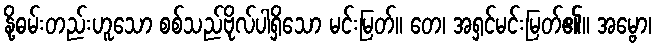
နို့ဓမ်းတည်းဟူသော စစ်သည်ဗိုလ်ပါရှိသော မင်းမြတ်။ တေ၊ အရှင်မင်းမြတ်၏။ အမ္ဗော၊